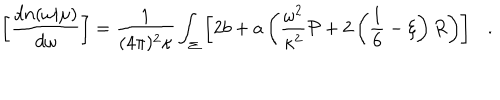
\left[ { \frac { d n ( \omega | \mu ) } { d \omega } } \right] = { \frac { 1 } { ( 4 \pi ) ^ { 2 } \kappa } } \int _ { \Sigma } \left[ 2 b + a \left( { \frac { \omega ^ { 2 } } { \kappa ^ { 2 } } } { \cal P } + 2 \left( \frac 1 6 - \xi \right) R \right) \right] .